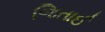
જિતાઈ